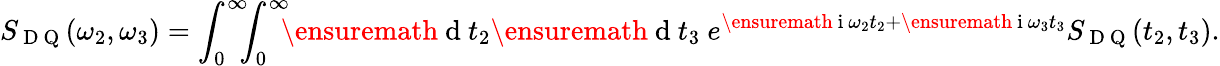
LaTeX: S_{\mathrm{~D~Q~}}(\omega_{2},\omega_{3})=\int_{0}^{\infty}\! \! \! \int_{0}^{\infty}\! \! \! \ensuremath{\mathrm{~d~}}t_{2}\ensuremath{\mathrm{~d~}}t_{3}\ e^{\ensuremath{\mathrm{~i~}}\omega_{2}t_{2}+\ensuremath{\mathrm{~i~}}\omega_{3}t_{3}}S_{\mathrm{~D~Q~}}(t_{2},t_{3}).